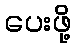
ပေးဖို့